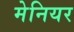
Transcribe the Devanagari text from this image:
मेनियर